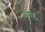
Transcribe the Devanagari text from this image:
गैरैट